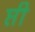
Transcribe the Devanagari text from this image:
प्ती